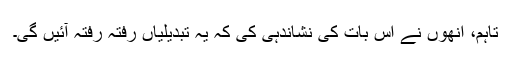
تاہم، اُنھوں نے اس بات کی نشاندہی کی کہ یہ تبدیلیاں رفتہ رفتہ آئیں گی۔